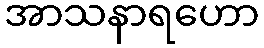
အာသနာရဟော